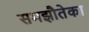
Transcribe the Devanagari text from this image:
समझौतेका